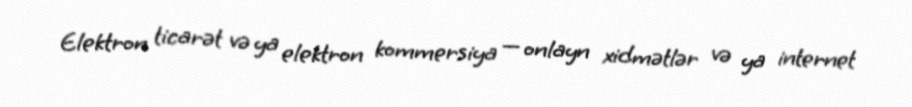
Elektron ticarət və ya elektron kommersiya — onlayn xidmətlər və ya internet